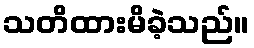
သတိထားမိခဲ့သည်။